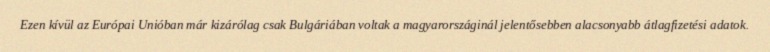
Ezen kívül az Európai Unióban már kizárólag csak Bulgáriában voltak a magyarországinál jelentősebben alacsonyabb átlagfizetési adatok.